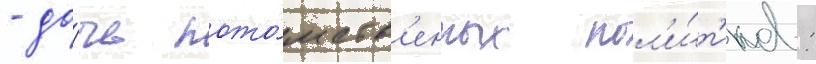
- до́чь пото́мств'енных пол'и́т'иков: